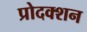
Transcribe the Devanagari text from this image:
प्रोदक्शन